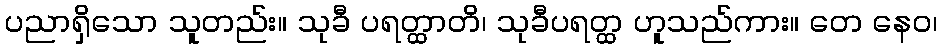
ပညာရှိသော သူတည်း။ သုခီ ပရတ္ထာတိ၊ သုခီပရတ္ထ ဟူသည်ကား။ တေ နေဝ၊